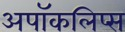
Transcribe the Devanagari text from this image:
अपॉकलिप्स